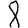
Digit: 8